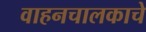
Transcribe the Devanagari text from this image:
वाहनचालकाचे